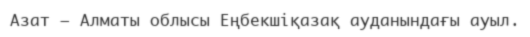
Азат – Алматы облысы Еңбекшіқазақ ауданындағы ауыл.